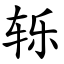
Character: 轹